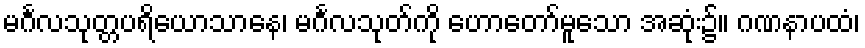
မင်္ဂလသုတ္တပရိယောသာနေ၊ မင်္ဂလသုတ်ကို ဟောတော်မူသော အဆုံး၌။ ဂဏနာပထံ၊